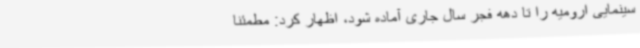
سینمایی ارومیه را تا دهه فجر سال جاری آماده شود، اظهار کرد: مطمئناً